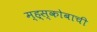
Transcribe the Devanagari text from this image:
म्ह्स्कोबाची